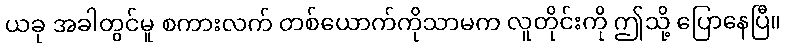
ယခု အခါတွင်မူ စကားလက် တစ်ယောက်ကိုသာမက လူတိုင်းကို ဤသို့ ပြောနေပြီ။